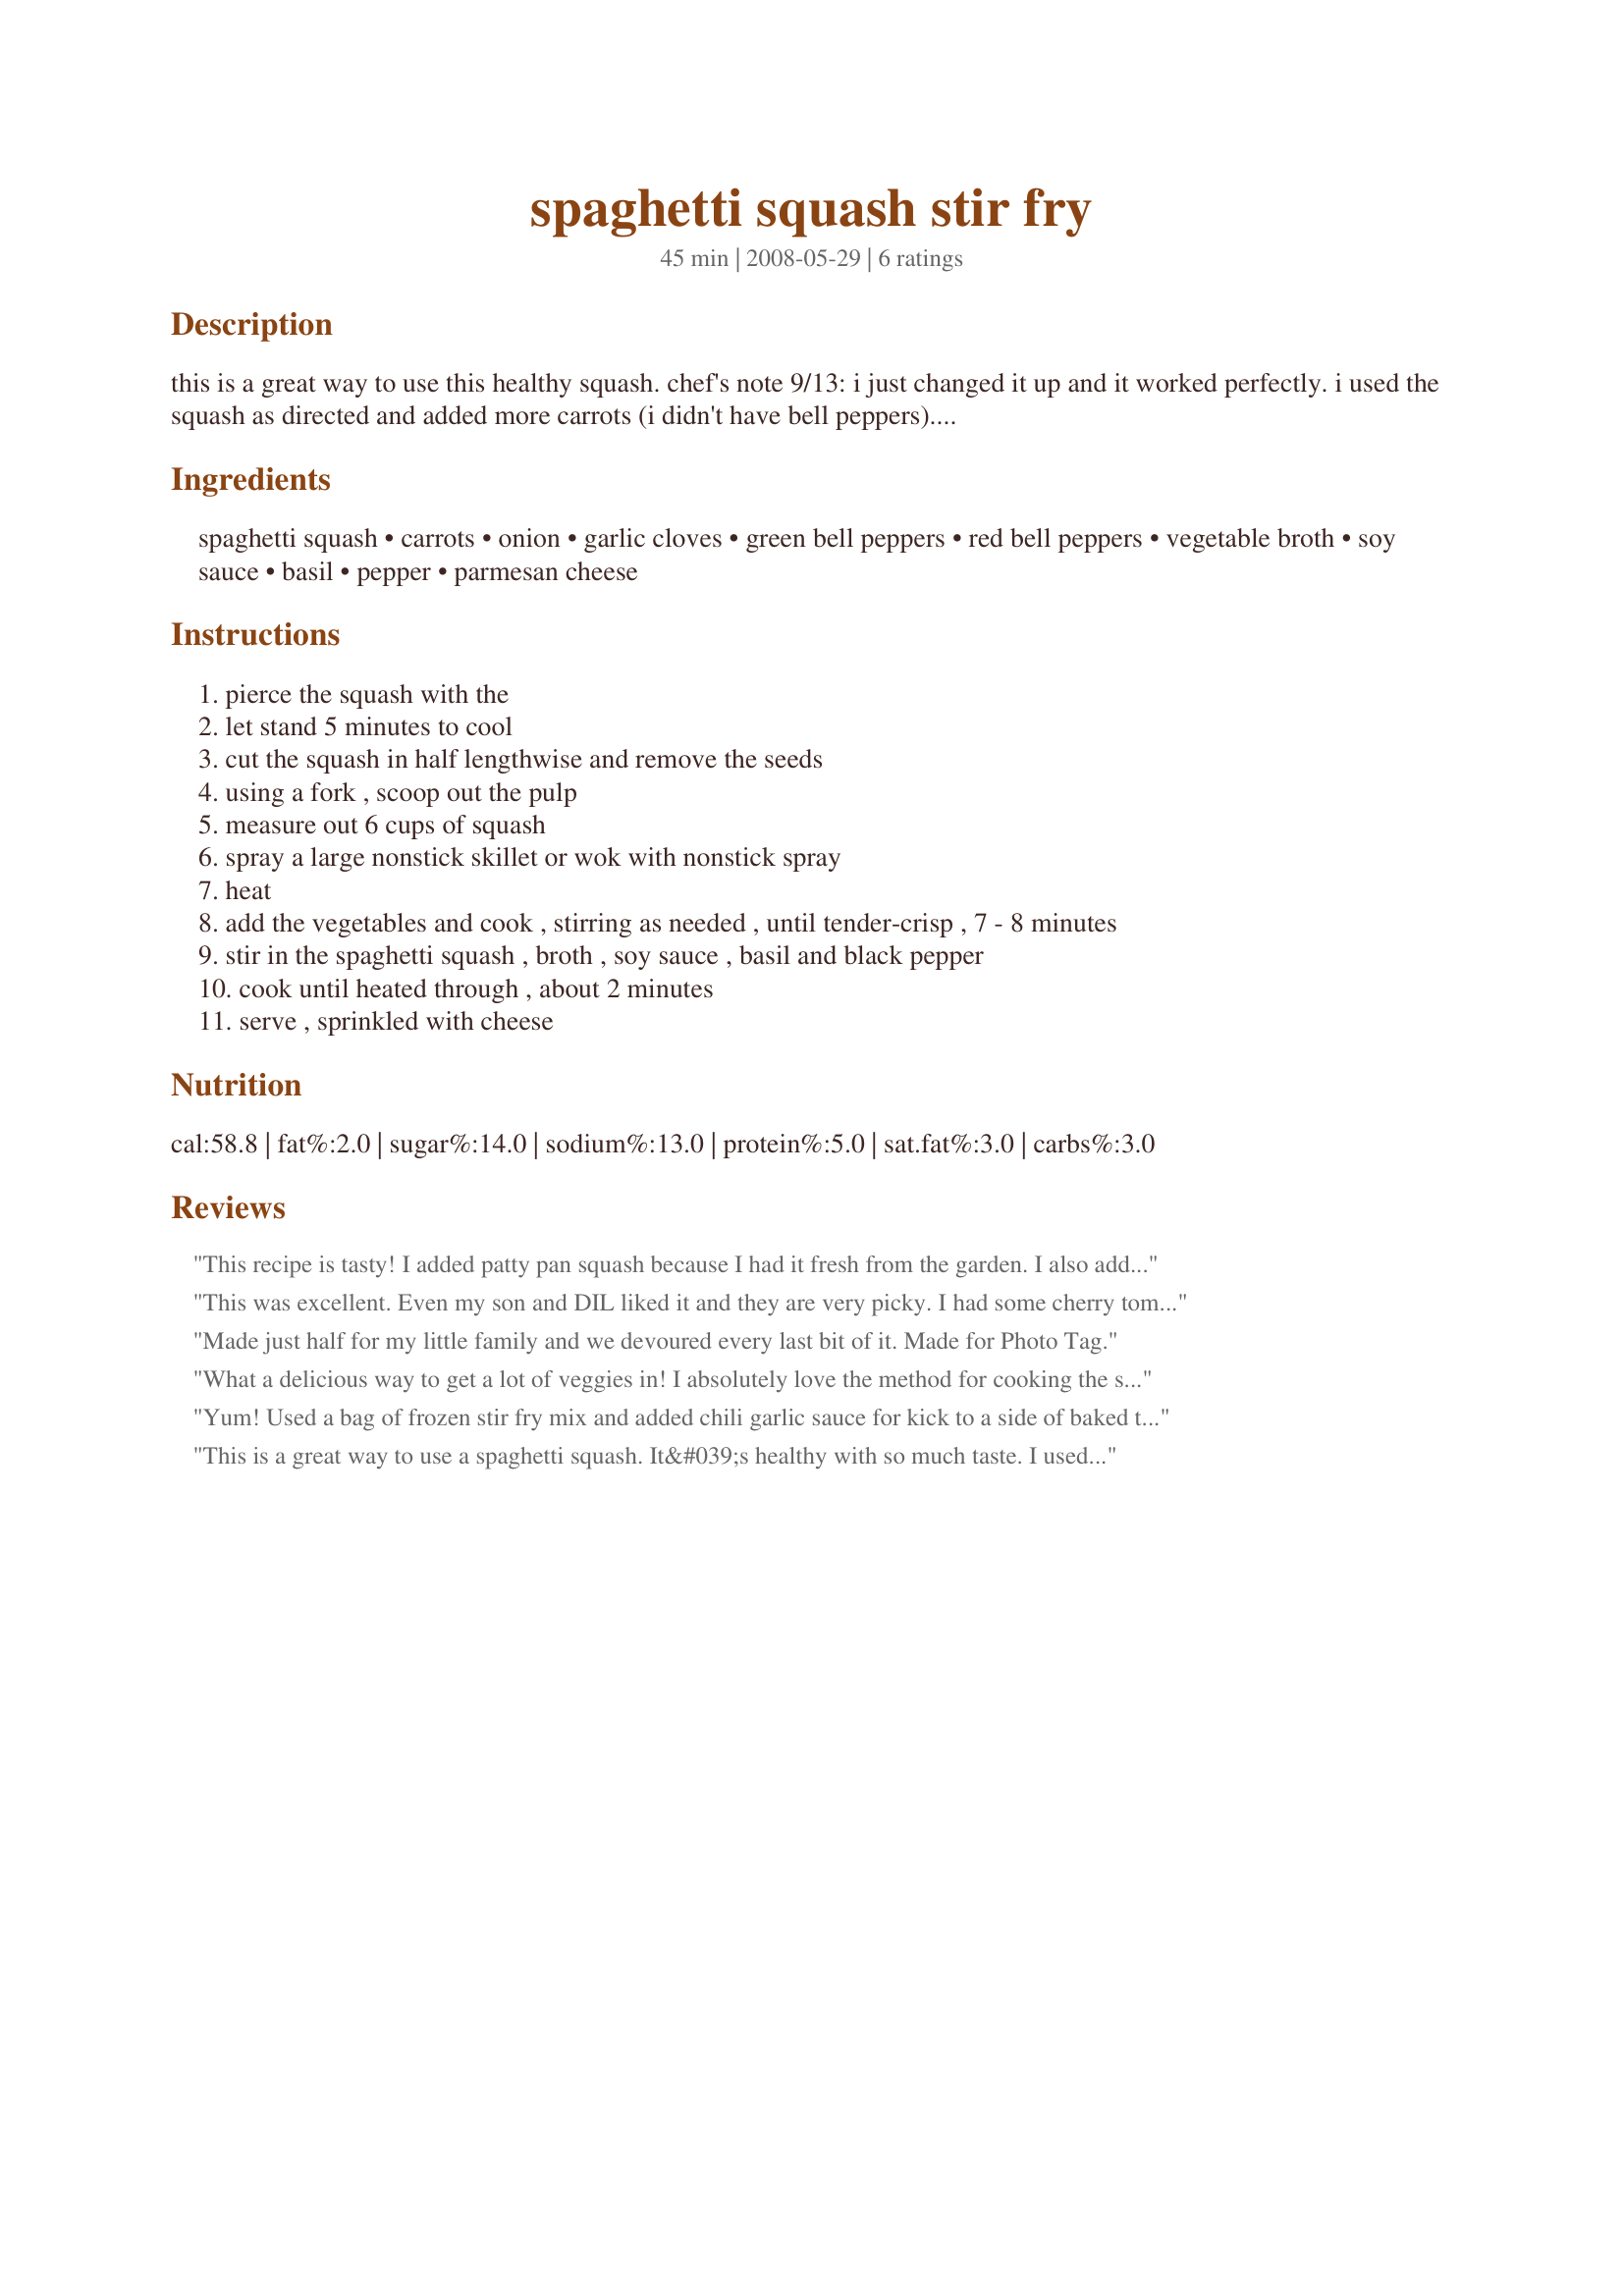
spaghetti squash stir fry
Preparation time: 45 minutes

this is a great way to use this healthy squash.

chef's note 9/13: i just changed it up and it worked perfectly. i used the squash as directed and added more carrots (i didn't have bell peppers). i used the broth and soy sauce as well as a heaping tablespoon of spicy black bean sauce. it was so tasty, i put it under a chicken and broccoli stir fry and i didn't need any rice.

Ingredients:
spaghetti squash, carrots, onion, garlic cloves, green bell peppers, red bell peppers, vegetable broth, soy sauce, basil, pepper, parmesan cheese

Steps:
pierce the squash with the
let stand 5 minutes to cool
cut the squash in half lengthwise and remove the seeds
using a fork , scoop out the pulp
measure out 6 cups of squash
spray a large nonstick skillet or wok with nonstick spray
heat
add the vegetables and cook , stirring as needed , until tender-crisp , 7 - 8 minutes
stir in the spaghetti squash , broth , soy sauce , basil and black pepper
cook until heated through , about 2 minutes
serve , sprinkled with cheese

Reviews:
This recipe is tasty! I added patty pan squash because I had it fresh from the garden. I also added 1 Tablespoon of Korean Sweet Chili Sauce which gives it a slightly hot zing. I substituted chicken broth for vegetable broth as well. I used a combination of Canola oil and Toasted Sesame Oil to stir the vegetables with. A great healthy side dish!
This was excellent. Even my son and DIL liked it and they are very picky. I had some cherry tomatoes that I added. We will be making this again. Thanks for a great new side dish.
Made just half for my little family and we devoured every last bit of it. Made for Photo Tag.
What a delicious way to get a lot of veggies in! I absolutely love the method for cooking the spaghetti squash. That couldn't have been easier. Made for Everyday is a Holiday in the Cooking Tag Games forum.
Yum! Used a bag of frozen stir fry mix and added chili garlic sauce for kick to a side of baked tilapia!
This is a great way to use a spaghetti squash. It&#039;s healthy with so much taste. I used low sodium chicken broth. And didn&#039;t use the parmesan cheese as it&#039;s already yummy without. Thanks Jan :) Made for Holiday tag game
